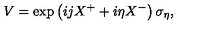
V = \exp \left( i j X ^ { + } + i \eta X ^ { - } \right) \sigma _ { \eta } ,